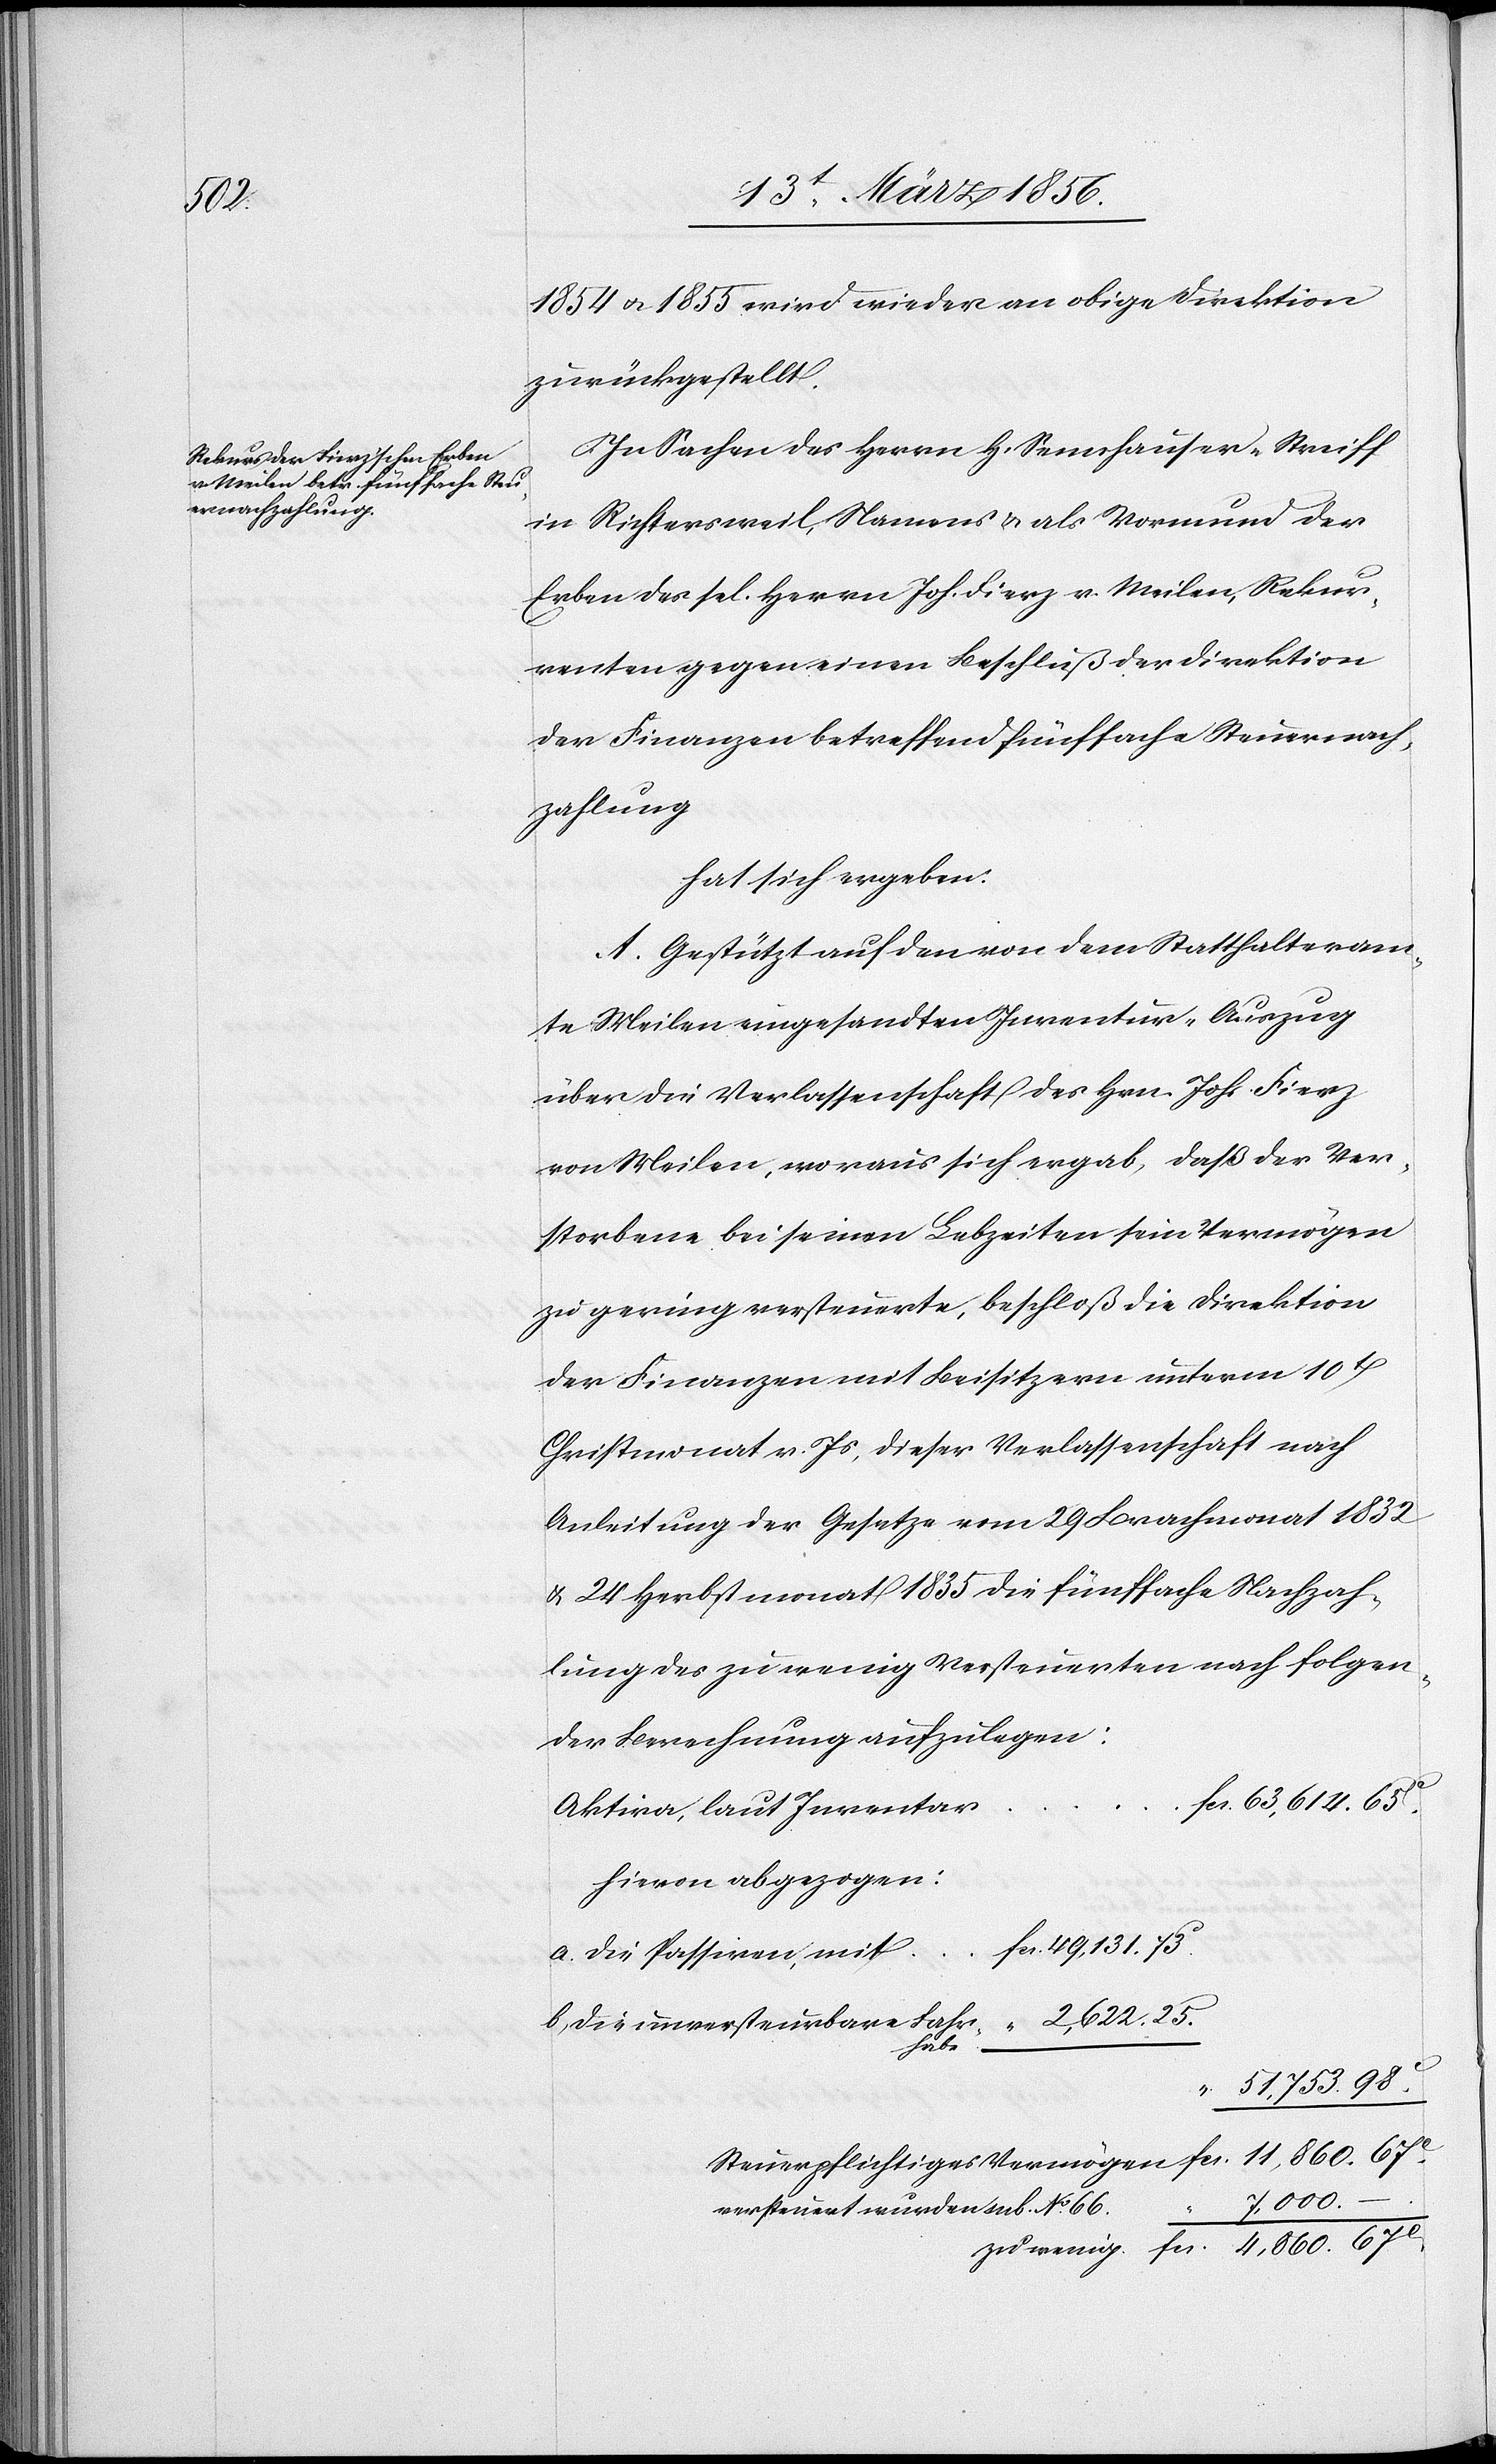
mit

1854 u. 1855 wird wieder an obige Direktion
zurückgestellt.
In Sachen des Herrn H. Sennhausen-Streiff
in Richtersweil, Namens & als Vormund der
Erben des sel. Herrn Joh. Fierz v. Meilen, Rekur¬
renten gegen einen Beschluß der Direktion
der Finanzen betreffend fünffache Steuernach¬
zahlung
hat sich ergeben:
A. Gestützt auf den von dem Statthalteram¬
te Meilen eingesandten Inventur-Auszug
über die Verlassenschaft des Hrn. Johs. Fierz
von Meilen, woraus sich ergab, daß der Ver¬
storbene bei seinen Lebzeiten sein Vermögen
zu gering versteuerte, beschloß die Direktion
der Finanzen mit Beisitzern unterm 10t
Christmonat v. Js, dieser Verlassenschaft nach
Anleitung der Gesetze vom 29 Brachmonat 1832
& 24 Herbstmonat 1835 die fünffache Nachzah¬
lung des zu wenig Versteuerten nach folgen¬
der Berechnung aufzulegen:
Aktiva, laut Inventar
hievon abgezogen:
versteuert wurden sub. No. 66.
67c.
zu wenig.